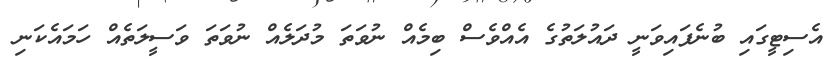
އެސިޓީގައި ބުނެފައިވަނީ ދައުލަތުގެ އެއްވެސް ބިމެއް ނުވަތަ މުދަލެއް ނުވަތަ ވަސީލަތެއް ހަމައެކަނި